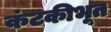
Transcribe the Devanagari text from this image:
कंटकीभूत